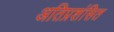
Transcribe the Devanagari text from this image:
अतिप्रशंसित